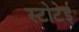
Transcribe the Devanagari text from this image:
स्टोटेई